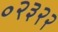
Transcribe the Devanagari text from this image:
०२३२२